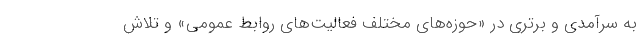
به سرآمدی و برتری در «حوزه‌های مختلف فعالیت‌های روابط عمومی» و تلاش